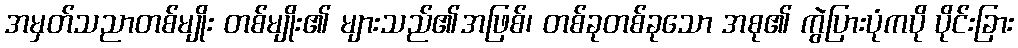
အမှတ်သညာတစ်မျိုး တစ်မျိုး၏ များသည်၏အဖြစ်၊ တစ်ခုတစ်ခုသော အစု၏ ကွဲပြားပုံကပို ပိုင်းခြား